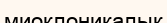
миоклоникалық